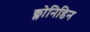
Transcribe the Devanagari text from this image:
क्लोनिडिन